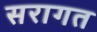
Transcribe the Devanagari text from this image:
सरागत